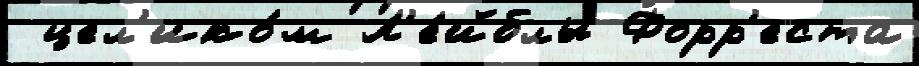
 цел'ико́м Л'е́йблы Форр'еста